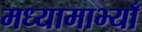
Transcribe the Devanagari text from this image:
मध्यामाभ्याँ